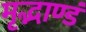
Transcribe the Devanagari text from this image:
मृद्भाण्डं